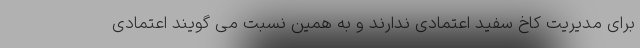
برای مدیریت کاخ سفید اعتمادی ندارند و به همین نسبت می گویند اعتمادی